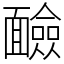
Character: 䩎